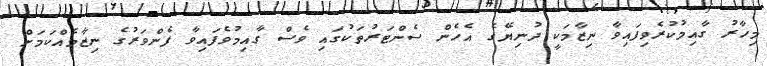
މިހާރު ގާއިމުކުރެވިފައިވާ ނިޒާމަކީ ދުނިޔޭގެ އެހެން ސެންޓަރުތަކުގައި ވެސް ގާއިމުވެފައިވާ ފެންވަރުގެ ނިޒާމެއްކަމަށް